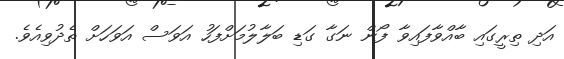
އަދި ތިރީގައި ބާއްވާފައިވާ ފޯން ނަގާ ގަޑި ބަލާލުމަށްފަހު އަވަސް އަވަހަށް ތެދުވިއެވެ.